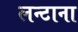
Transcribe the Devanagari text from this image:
लन्टाना